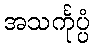
အသင်္ကုပ္ပံ